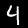
Digit: 4